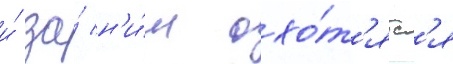
и́ за́ н'и́м охо́т'ятс'я